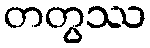
တတွဿ